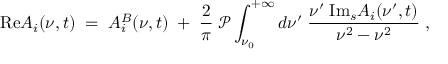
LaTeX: \mathrm { R e } A _ { i } ( \nu , t ) \; = \; A _ { i } ^ { B } ( \nu , t ) \; + \; { \frac { 2 } { \pi } } \; { \mathcal P } \int _ { \nu _ { 0 } } ^ { + \infty } d \nu ^ { \prime } \; { \frac { \nu ^ { \prime } \; \mathrm { I m } _ { s } A _ { i } ( \nu ^ { \prime } , t ) } { \nu ^ { 2 } - \nu ^ { 2 } } } \; ,